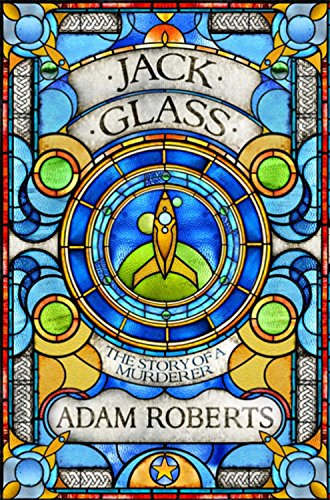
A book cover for Jack Glass: The Story of A Murderer (Golden Age); Adam Roberts; Science Fiction & Fantasy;